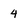
Character: 4